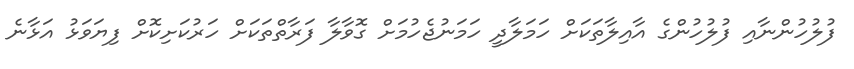
ފުލުހުންނާއި ފުލުހުންގެ އާއިލާތަކަށް ހަމަލާދީ ހަމަނުޖެހުމަށް ގޮވާލާ ފަރާތްތަކަށް ހަރުކަށިކޮށް ފިޔަވަޅު އަޅާނެ